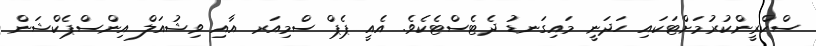
ސްކްރީންކުރުމަށްޓަކައި ހަދަނީ މައިގަނޑު ދެޓެސްޓެކެވެ. އެއީ ޕެޕް ސްމިއަރ އާއި ވިޝުއަލް އިންސްޕެކްޝަން